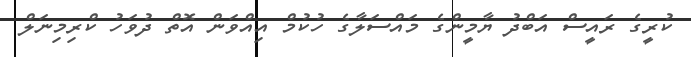
ކުރީގެ ރައީސް އަބްދު ޔާމީންގެ މައްސަލާގެ ހުކުމް އިއްވަން އޮތް ދުވަހު ކްރިމިނަލް